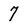
Character: 7